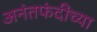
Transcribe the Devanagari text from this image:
अनंतफंदींच्या